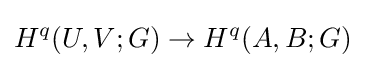
H^{q}(U,V;G)\to H^{q}(A,B;G)